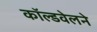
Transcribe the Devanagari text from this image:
काॅल्डवेलने